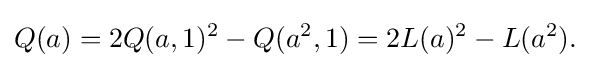
\displaystyle {Q(a)=2Q(a,1)^{2}-Q(a^{2},1)=2L(a)^{2}-L(a^{2}).}